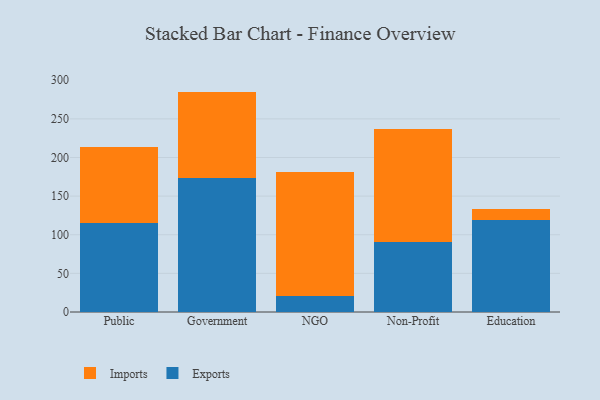
{"axis": {"x": "Segment", "y": "Net Income (USD K)"}, "legend": ["Exports", "Imports"], "data": [{"x": "Public", "y": 114.8, "type": "Exports"}, {"x": "Public", "y": 99.3, "type": "Imports"}, {"x": "Government", "y": 173.8, "type": "Exports"}, {"x": "Government", "y": 111.5, "type": "Imports"}, {"x": "NGO", "y": 21.0, "type": "Exports"}, {"x": "NGO", "y": 160.6, "type": "Imports"}, {"x": "Non-Profit", "y": 90.8, "type": "Exports"}, {"x": "Non-Profit", "y": 145.6, "type": "Imports"}, {"x": "Education", "y": 119.0, "type": "Exports"}, {"x": "Education", "y": 14.1, "type": "Imports"}]}